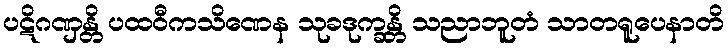
ပဋိဂဏှန္တိ ပထဝီကသိဏေန သုခဒုက္ခန္တိ သညာဘူတံ သာတရူပေနာတိ